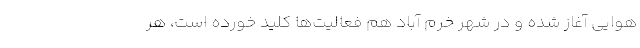
هوایی آغاز شده و در شهر خرم آباد هم فعالیت‌ها کلید خورده است، هر